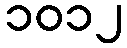
၁၀၁၂